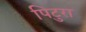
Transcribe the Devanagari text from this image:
पिटुरा